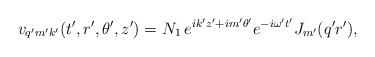
LaTeX: \begin{align*}v_{q'm'k'}(t',r',\theta',z')=N_1\,e^{ik'z'+im'\theta'} e^{-i\omega't'}J_{m'}(q'r'),\end{align*}